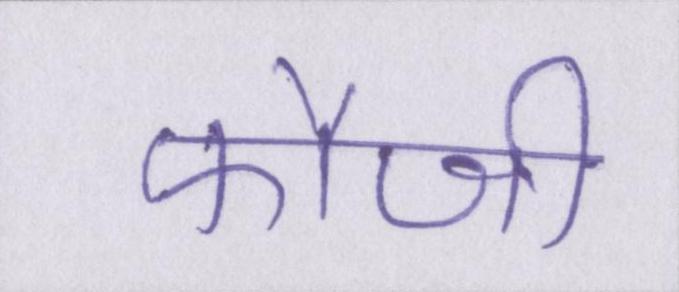
फौजी